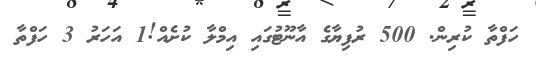
ހަފްތާ ކުރިން. 500 ރުފިޔާގެ އާނޫޓުގައި އިމްލާ ކުށެއް!1 އަހަރު 3 ހަފްތާ